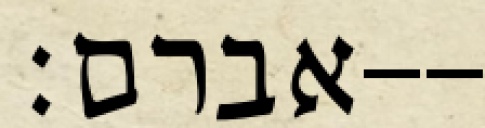
אברם׃--